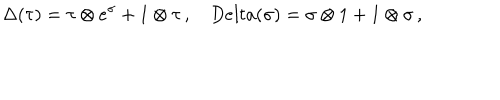
\Delta ( \tau ) = \tau \otimes e ^ { \sigma } + 1 \otimes \tau \, , \ \ \ \, D e l t a ( \sigma ) = \sigma \otimes 1 + 1 \otimes \sigma \, ,